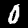
Label: 0